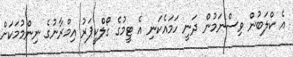
އެ ކްލަބުން ވިސްނަމުން ދަނީ ހަމައެކަނި އެ ޓީމުގެ ގޯލްކީޕަރު އިމްރާނުގެ ނިންމުމަކަށް